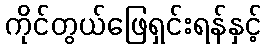
ကိုင်တွယ်ဖြေရှင်းရန်နှင့်